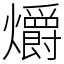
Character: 爝